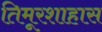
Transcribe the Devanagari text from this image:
तिमूरशाहास